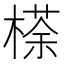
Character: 𣘻